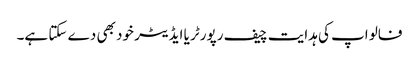
فالو اپ کی ہدایت چیف رپورٹر یا ایڈیٹر خود بھی دے سکتا ہے۔